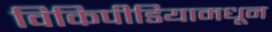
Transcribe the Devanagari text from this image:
विकिपीडियामधून